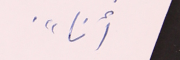
أنا".